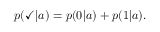
p ( \checkmark | a ) = p ( 0 | a ) + p ( 1 | a ) .